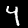
Label: 4